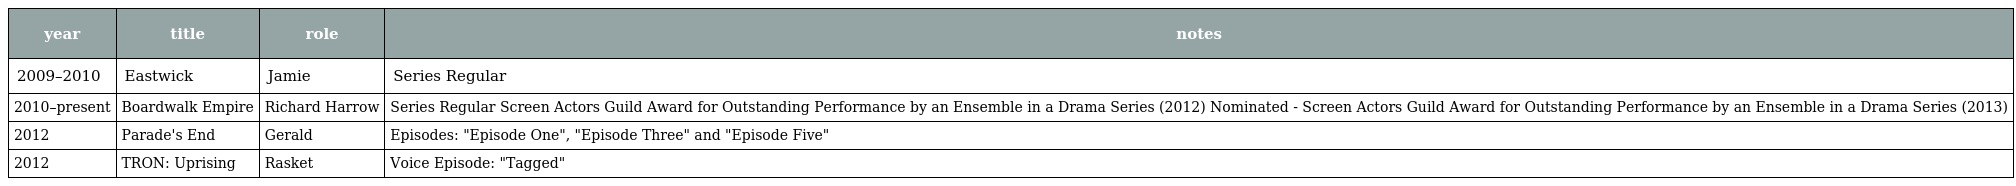
| year | title | role | notes |
 | --- | --- | --- | --- |
 | 2009–2010 | Eastwick | Jamie | Series Regular |
 | 2010–present | Boardwalk Empire | Richard Harrow | Series Regular Screen Actors Guild Award for Outstanding Performance by an Ensemble in a Drama Series (2012) Nominated - Screen Actors Guild Award for Outstanding Performance by an Ensemble in a Drama Series (2013) |
 | 2012 | Parade's End | Gerald | Episodes: "Episode One", "Episode Three" and "Episode Five" |
 | 2012 | TRON: Uprising | Rasket | Voice Episode: "Tagged" |